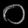
Digit: ၀